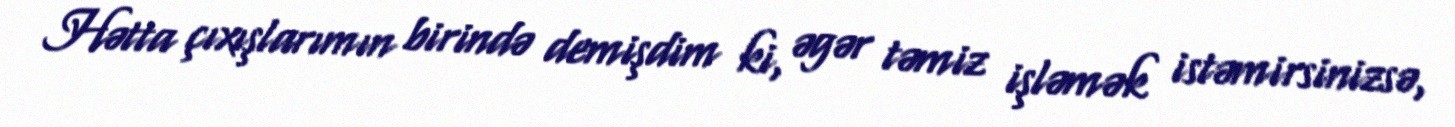
Hətta çıxışlarımın birində demişdim ki, əgər təmiz işləmək istəmirsinizsə,